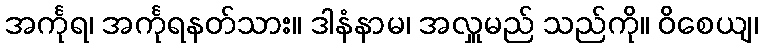
အင်္ကုရ၊ အင်္ကုရနတ်သား။ ဒါနံနာမ၊ အလှူမည် သည်ကို။ ဝိစေယျ၊